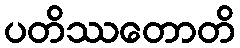
ပတိဿတောတိ